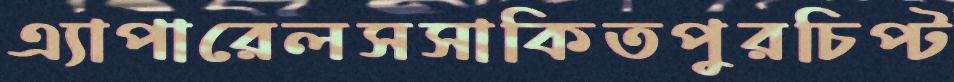
এ্যাপারেলসসাকিতপুরচিপ্‌ট